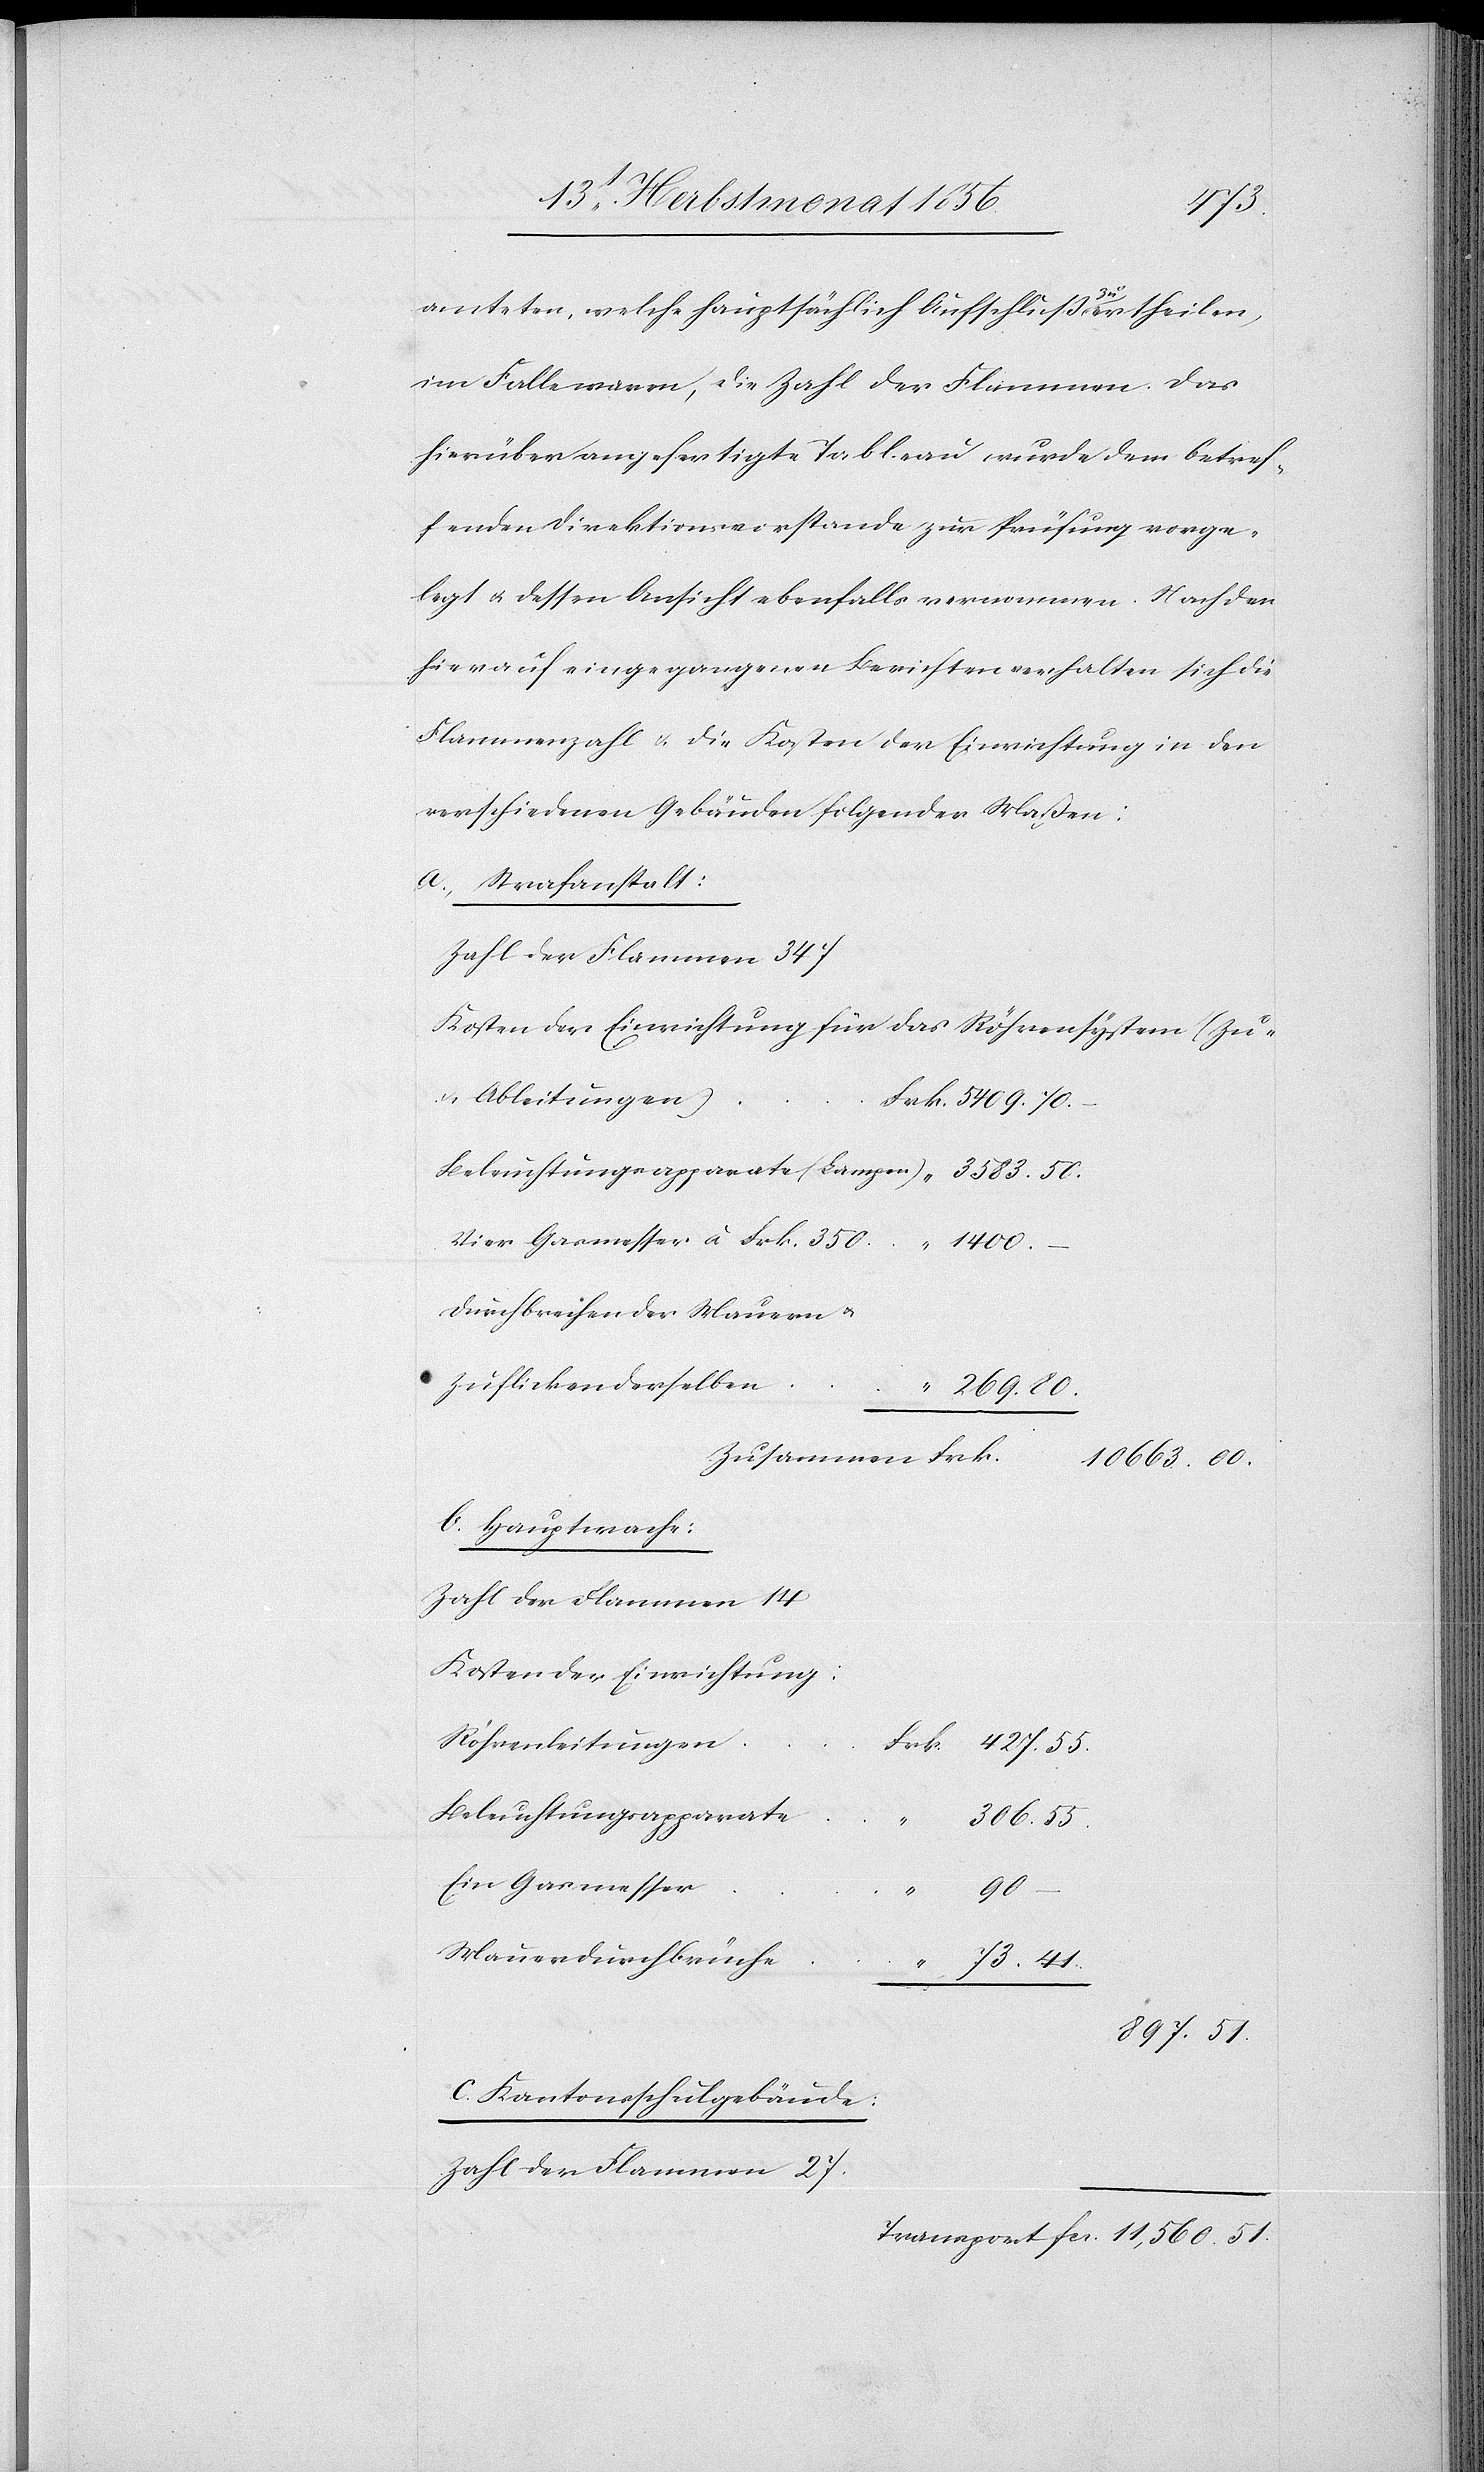
897.
amteten, welche hauptsächlich Aufschluss a-zu-a ertheilen,
im Falle waren, die Zahl der Flammen. Das
hierüber angefertigte Tableau wurde dem betref¬
fenden Direktionsvorstande zur Prüfung vorge¬
legt u. dessen Ansicht ebenfalls vernommen. Nach den
hierauf eingegangenen Berichten verhalten sich die
Flammenzahl & die Kosten der Einrichtung in den
verschiedenen Gebäuden folgender Maßen:
a. Strafanstalt:
Zahl der Flammen 347
Kosten der Einrichtung für das Röhrensystem (Zu-
u. Ableitungen)
Durchbrechen der Mauern u.
Zuflicken derselben
b. Hauptwache:
Zahl der Flammen 14
Kosten der Einrichtung:
Röhrenleitungen
Beleuchtungsapparate
Ein Gasmesser
41.
Frk.
Mauerdurchbrüche
51.
c. Kantonsschulgebäude:
Zahl der Flammen 27.